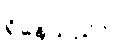
ရှိနေသည်။